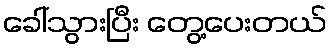
ခေါ်သွားပြီး တွေ့ပေးတယ်